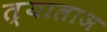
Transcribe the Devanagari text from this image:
त्यालाअ